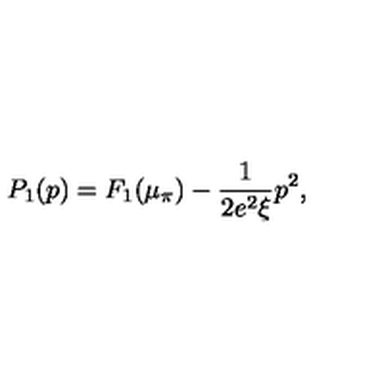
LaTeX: P _ { 1 } ( p ) = F _ { 1 } ( \mu _ { \pi } ) - \frac { 1 } { 2 e ^ { 2 } \xi } p ^ { 2 } ,